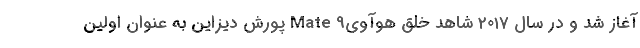
آغاز شد و در سال 2017 شاهد خلق هوآویMate 9 پورش دیزاین به عنوان اولین